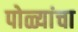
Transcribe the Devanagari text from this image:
पोळ्यांचा